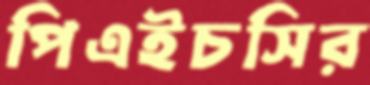
পিএইচসির